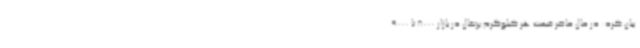
بیان کرد: در حال حاضر قیمت هر کیلوگرم پرتغال در بازار 8000 تا 9000